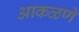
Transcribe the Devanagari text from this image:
आकळणे